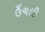
ઉઁચલી